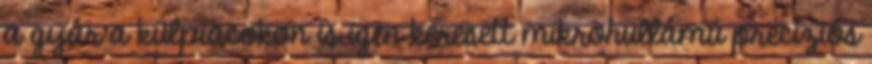
a gyár a külpiacokon is igen keresett mikrohullámú precíziós